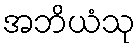
အဘိယံသု